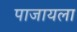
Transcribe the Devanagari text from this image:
पाजायला